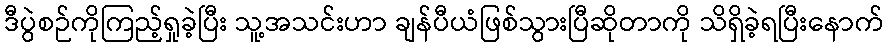
ဒီပွဲစဉ်ကိုကြည့်ရှုခဲ့ပြီး သူ့အသင်းဟာ ချန်ပီယံဖြစ်သွားပြီဆိုတာကို သိရှိခဲ့ရပြီးနောက်